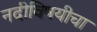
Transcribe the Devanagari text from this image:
नदीविषयीचा